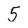
Character: 5